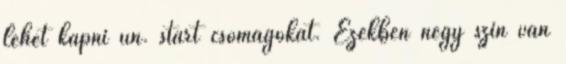
lehet kapni ún. start csomagokat. Ezekben négy szín van